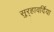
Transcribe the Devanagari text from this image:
सुर्‍हावर्दिया